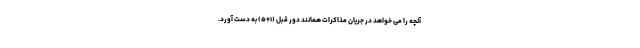
آنچه را می خواهد در جریان مذاکرات همانند دور قبل (۱+۵) به دست آورد.